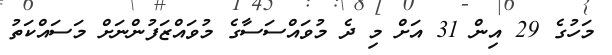
މަހުގެ 29 އިން 31 އަށް މި ދެ މުވައްސަސާގެ މުވައްޒަފުންނަށް މަސައްކަތު